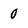
Character: 0